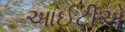
આઈટીએ